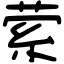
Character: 萦